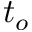
t _ { o }